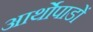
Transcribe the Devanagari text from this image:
आर्थोपाडों